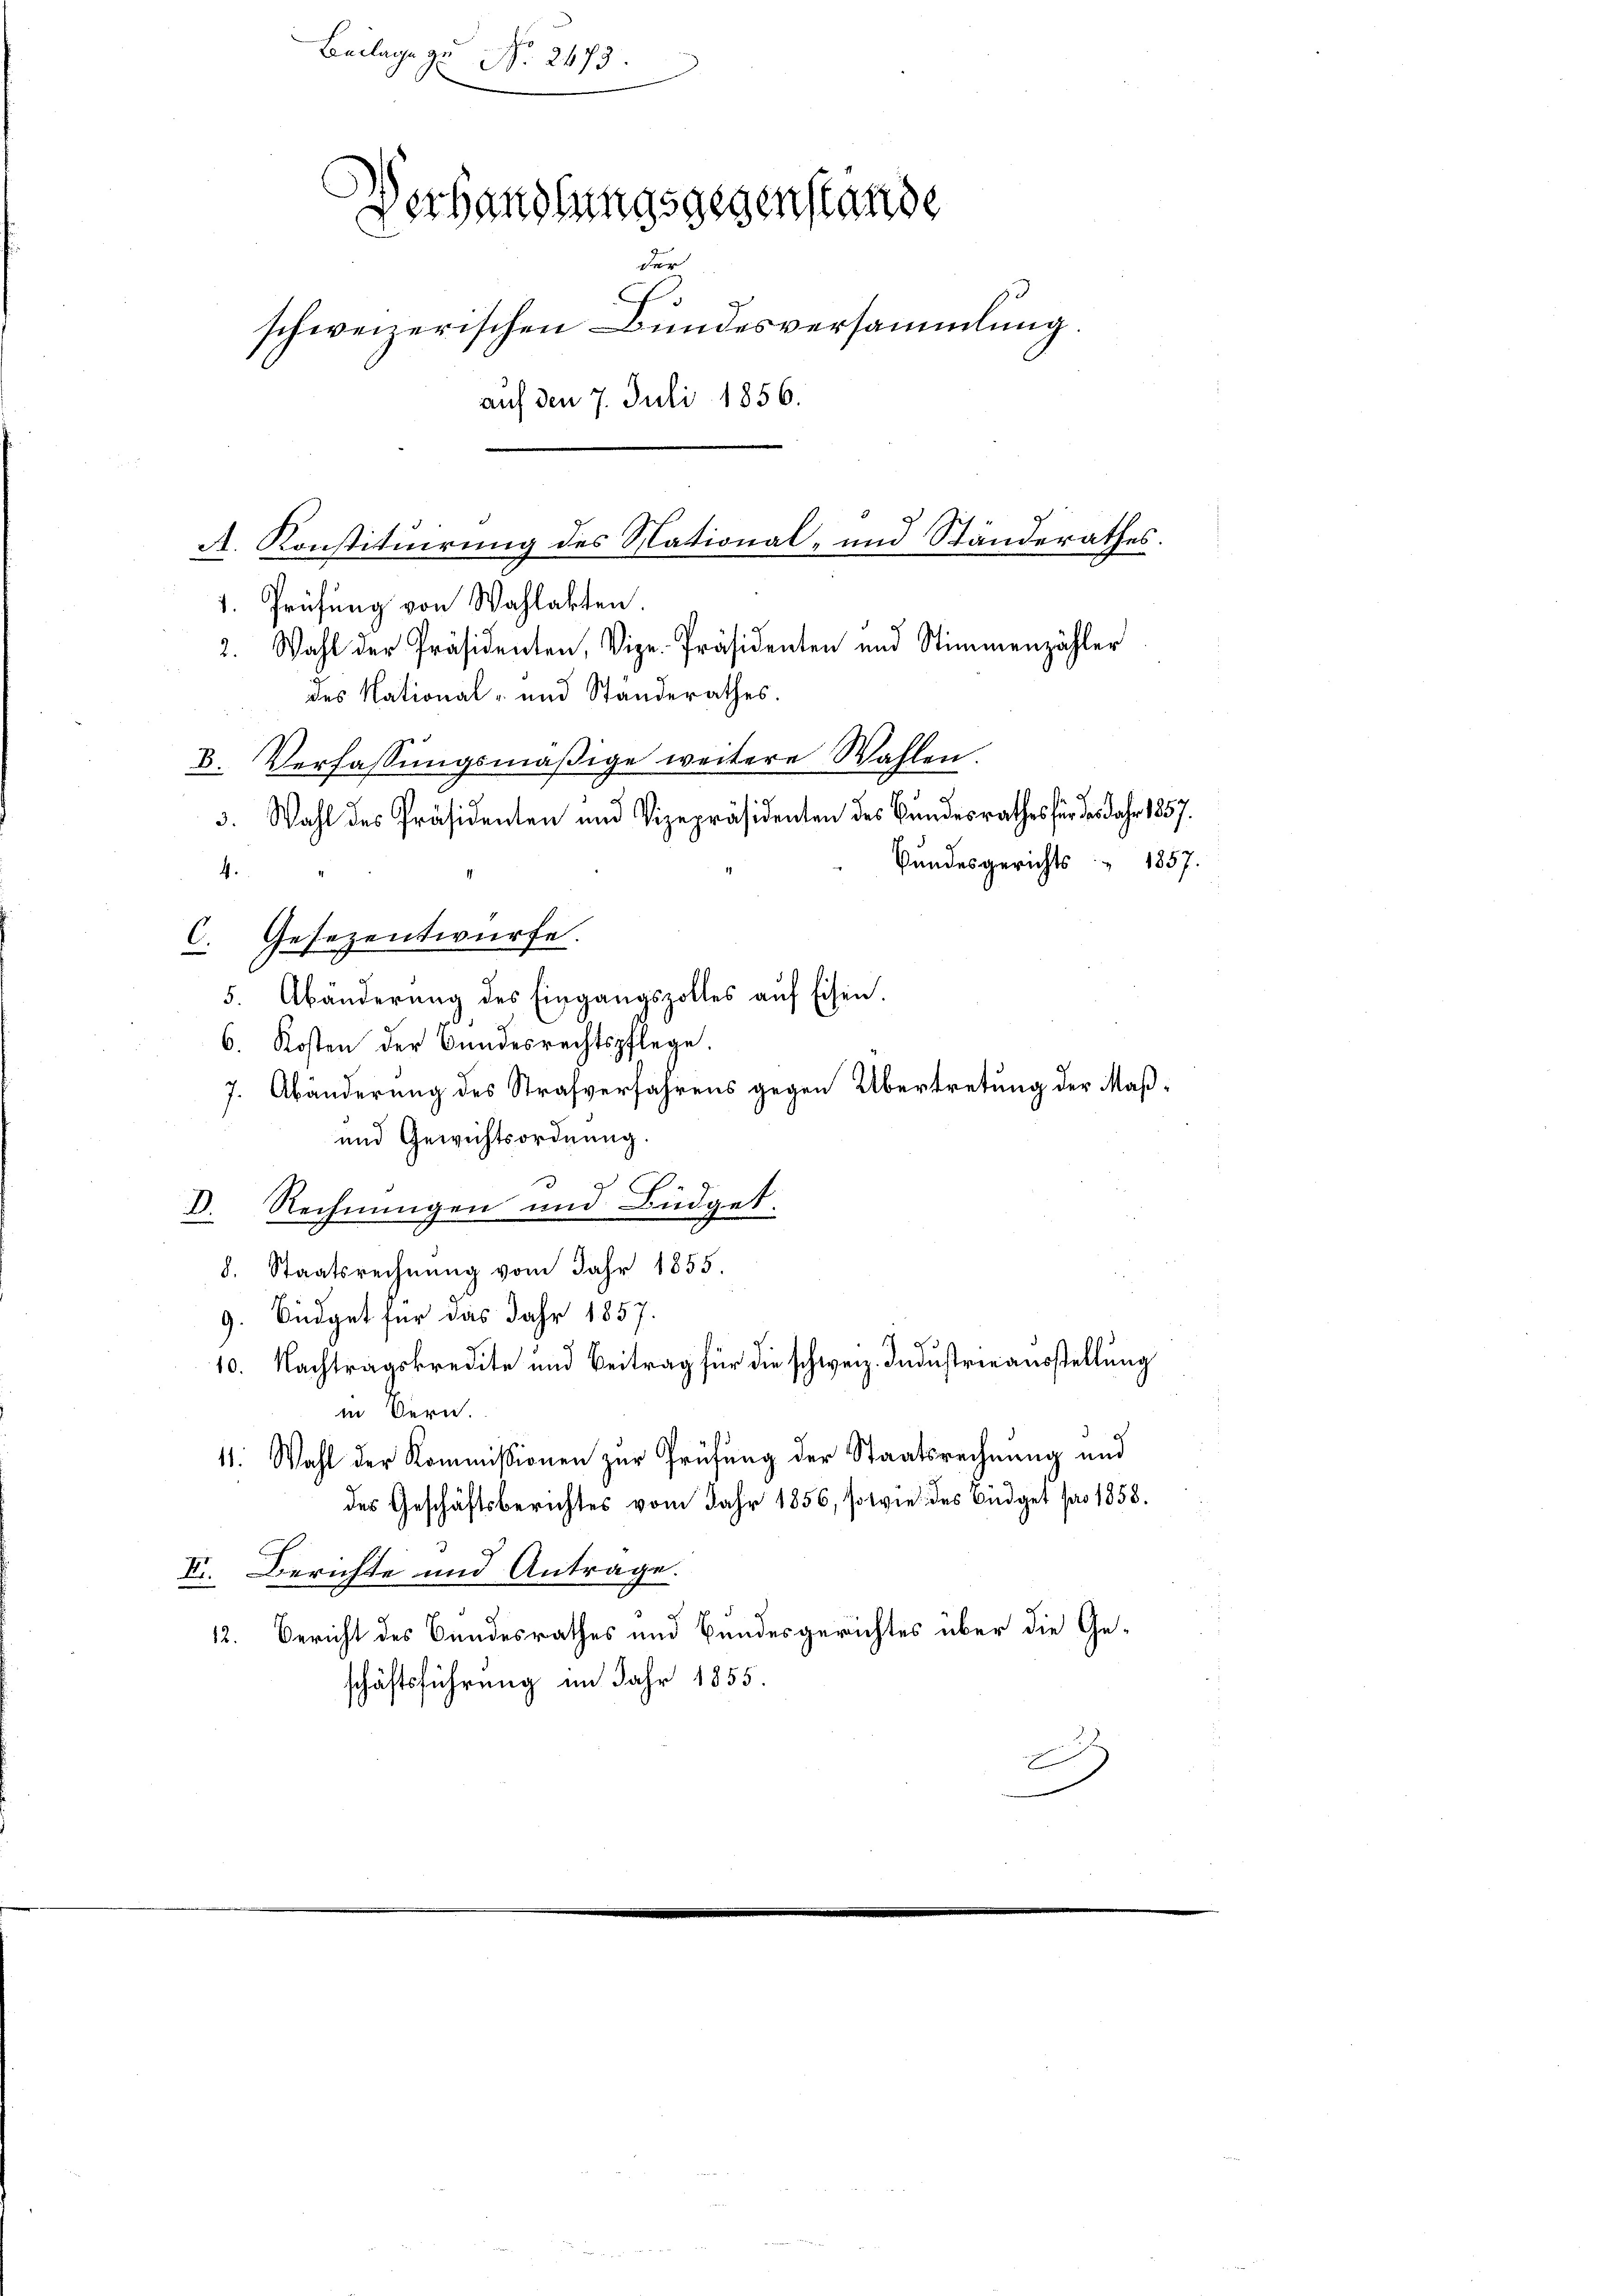
Beilage zu No 2473.
C
Verhandlungsgegenstande
der
3
schweizerischen Bundesversammlung
auf den 7. Juli 1856.
A. Konstituirung des National- und Standerathes.

1. Prüfung von Wahlakten.
2. Wahl der Präsidenten, Vize-Präsidenten und Stimmenzähler
des National- und Standerathes.
8. Verfassungsmäßige weitere Wahlen.
3. Wahl des Präsidenten und Vizepräsidenten des Bundesrathes für des Jahr 1857.
Bundesgerichts 1857.
5. Abänderŭng des Eingangszolles aŭf Eisen.
6. Kosten der Bundesrechtspflege.
7. Abänderung des Strafverfahrens gegen Übertretung der Maß¬
und Gewichtsordnung.
D. Rechnungen und Büdget.
8. Staatsrechnung vom Jahr 1855.
9. Büdget für das Jahr 1857.
10. Nachtragskredite und Beitrag für die schweiz. Industrieausstellung
in Bern.
11. Wahl der Kommissionen zur Prüfung der Staatsrechnung und
des Geschäftsberichtes vom Jahr 1856, sowie des Büdget pro 1858.
XI. Berichte und Antrage.
12. Bericht des Bundesrathes und Bundesgerichtes über die Geschäftsführung im Jahr 1855.

4.

C. Gesezentwürfe.

A